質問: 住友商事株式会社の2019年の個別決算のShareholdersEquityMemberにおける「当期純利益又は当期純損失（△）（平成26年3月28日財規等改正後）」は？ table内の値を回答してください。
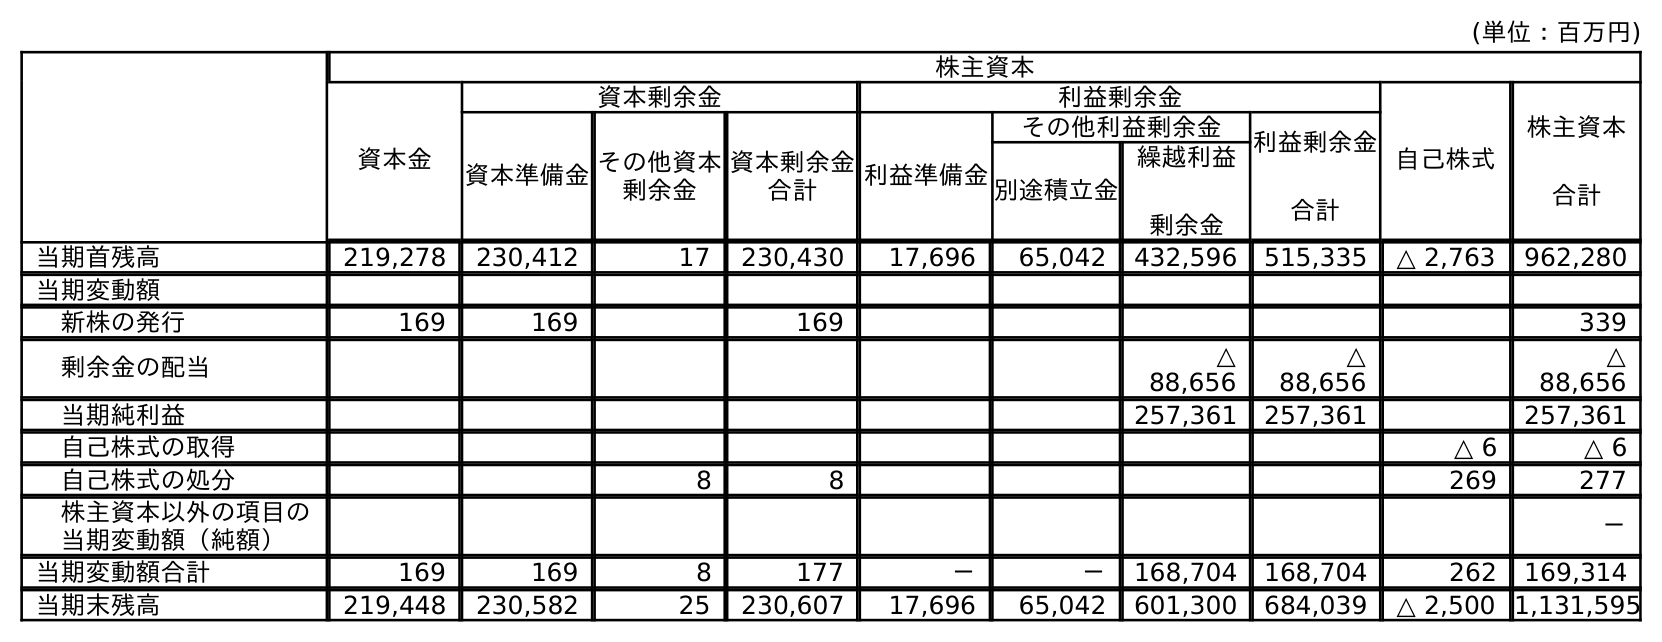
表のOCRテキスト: (単位：百万円) 株主資本 資本金 資本剰余金 利益剰余金 自己株式 株主資本 合計 資本準備金その他資本 剰余金 資本剰余金 合計 利益準備金 その他利益剰余金 利益剰余金 合計 別途積立金 繰越利益 剰余金 当期首残高 219,278 230,412 17 230,430 17,696 65,042 432,596 515,335 △ 2,763 962,280 当期変動額 新株の発行 169 169 169 339 剰余金の配当 △ 88,656 △ 88,656 △ 88,656 当期純利益 257,361 257,361 257,361 自己株式の取得 △ 6 △ 6 自己株式の処分 8 8 269 277 株主資本以外の項目の 当期変動額（純額） － 当期変動額合計 169 169 8 177 － － 168,704 168,704 262 169,314 当期末残高 219,448 230,582 25 230,607 17,696 65,042 601,300 684,039 △ 2,500 1,131,595
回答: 257,361